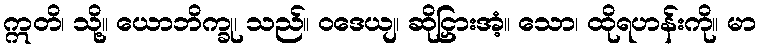
ဣတိ၊ သို့။ ယောဘိက္ခု၊ သည်။ ဝဒေယျ၊ ဆိုငြှားအံ့။ သော၊ ထိုရဟန်းကို။ မာ